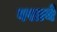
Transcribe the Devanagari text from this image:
वसायें